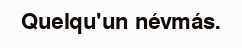
Quelqu'un névmás.